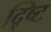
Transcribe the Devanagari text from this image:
द्ष्टि